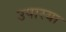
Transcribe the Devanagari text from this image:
उपास्या